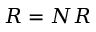
R = N { \cal R }